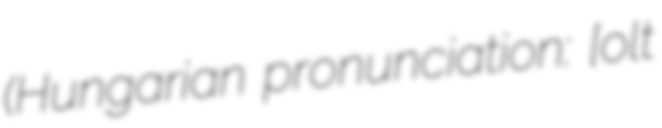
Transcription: (Hungarian pronunciation: [ˈʒolt